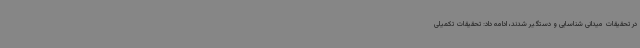
در تحقیقات میدانی شناسایی و دستگیر شدند، ادامه داد: تحقیقات تکمیلی